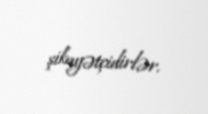
şikayətçidirlər.